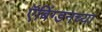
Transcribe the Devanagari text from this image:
ऍबिंग्डनच्या